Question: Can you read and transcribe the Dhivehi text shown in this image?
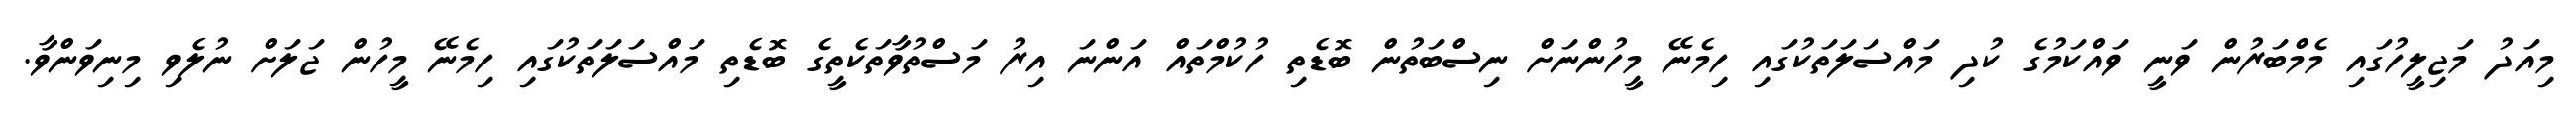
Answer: މިއަދު މަޖިލީހުގައި މެމްބަރުން ވަނީ ވައްކަމުގެ ކުދި މައްސަލަތަކުގައި ހިމެނޭ މީހުންނަށް ނިސްބަތުން ބޮޑެތި ހުކުމްތައް އަންނަ އިރު މަސްތުވާތަކެތީގެ ބޮޑެތި މައްސަލަތަކުގައި ހިމެނޭ މީހުން ޖަލަށް ނުލެވި މިނިވަންވާ.